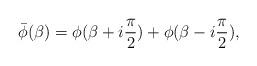
LaTeX: \begin{align*}\bar\phi(\beta )=\phi (\beta+i{\pi\over 2})+\phi (\beta-i{\pi\over 2}),\end{align*}